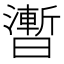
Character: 𣋫